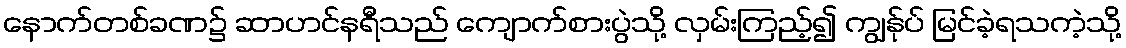
နောက်တစ်ခဏ၌ ဆာဟင်နရီသည် ကျောက်စားပွဲသို့ လှမ်းကြည့်၍ ကျွန်ုပ် မြင်ခဲ့ရသကဲ့သို့